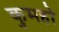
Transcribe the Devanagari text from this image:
कुमहो